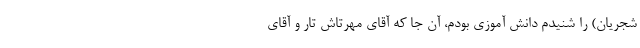
شجریان) را شنیدم دانش آموزی بودم، آن جا که آقای مهرتاش تار و آقای